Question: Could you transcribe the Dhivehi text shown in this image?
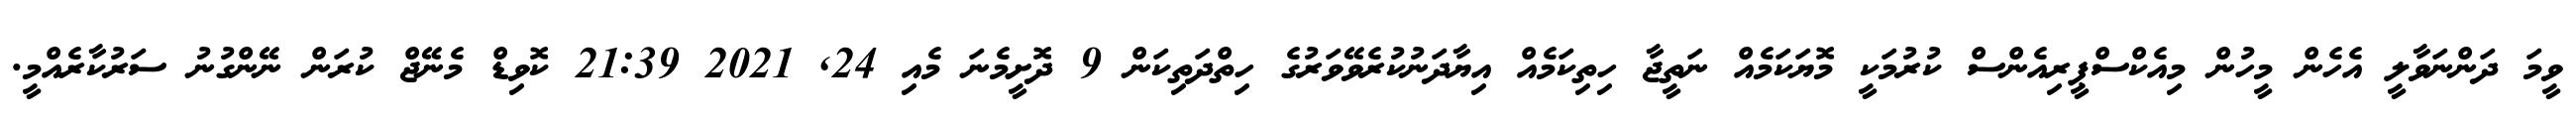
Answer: ވީމަ ދަންނަވާލީ އެހެން މީހުން މިއެކްސްޕީރިއެންސް ކުރުމަކީ މޮޔަކަމެއް ނަތީޖާ ހިތިކަމެއް އިޔާދަނުކުރެވޭވަރުގެ ހިތްދަތިކަން 9 ދޮށީމެނަ މެއި 24, 2021 21:39 ކޮވިޑް މެނޭޖް ކުރަން ނޭންގުނު ސަރުކާރެއްމީ.